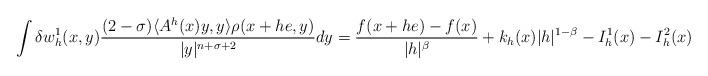
LaTeX: \begin{align*}\int \delta w^1_h(x,y)\frac{(2-\sigma)\langle A^h(x)y,y\rangle\rho(x+he,y)}{|y|^{n+\sigma+2}}dy=\frac{f(x+he)-f(x)}{|h|^\beta}+k_h(x)|h|^{1-\beta}-I^1_h(x)-I^2_h(x)\end{align*}